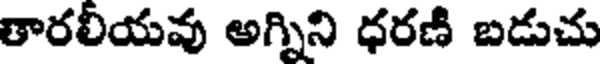
తారలీయవు అగ్నిని ధరణి బడుచు